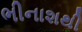
ભીનાશથી